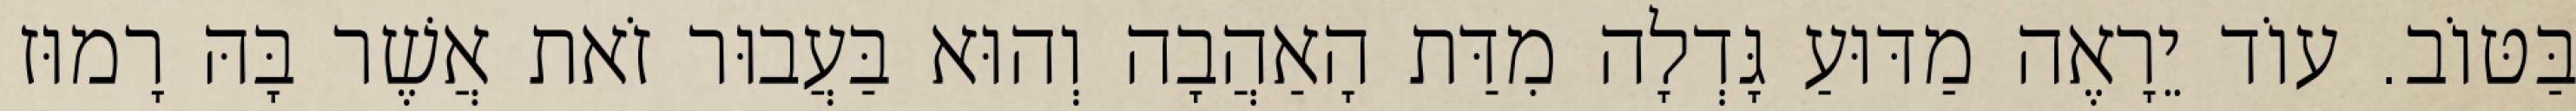
בַּטּוֹב. עוֹד יֵרָאֶה מַדּוּעַ גָּדְלָה מִדַּת הָאַהֲבָה וְהוּא בַּעֲבוּר זֹאת אֲשֶׁר בָּהּ רָמוּז